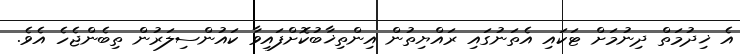
އެ ޚިދުމަތް ދިނުމަށް ޓަކައި އެތަނުގައި ރައްޔިތުން އިންތިޚާބުކޮށްފައިވާ ކައުންސިލަރުން ތިބެންޖެހެ އެވެ.